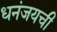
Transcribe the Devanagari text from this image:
धनंजयची